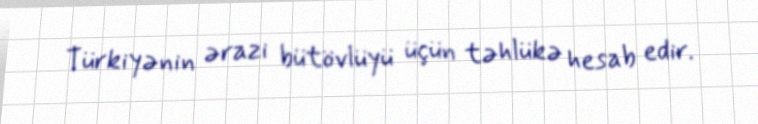
Türkiyənin ərazi bütövlüyü üçün təhlükə hesab edir.